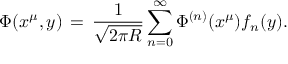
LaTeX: \Phi ( x ^ { \mu } , y ) \, = \, { \frac { 1 } { \sqrt { 2 \pi R } } } \sum _ { n = 0 } ^ { \infty } \Phi ^ { ( n ) } ( x ^ { \mu } ) f _ { n } ( y ) .